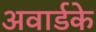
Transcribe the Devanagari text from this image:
अवार्डके